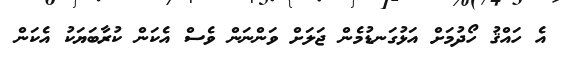
އެ ހައްޤު ހޯދުމަށް އަޅުގަނޑުމެން ޖަލަށް ވަންނަން ވެސް އެކަން ކުރާބަޔަކު އެކަން